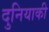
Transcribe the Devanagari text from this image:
दुनियाकी